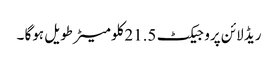
ریڈ لائن پروجیکٹ 21.5کلو میٹر طویل ہوگا ۔